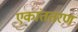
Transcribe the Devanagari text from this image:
एकांततरण